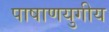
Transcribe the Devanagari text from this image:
पाषाणयुगीय